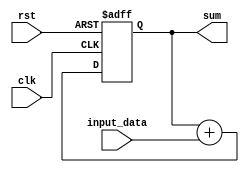
module accumulator(
    input wire clk,
    input wire rst,
    input wire [7:0] input_data,
    output reg [15:0] sum
);

reg [15:0] accumulator;

always @(posedge clk or posedge rst) begin
    if(rst) begin
        accumulator <= 16'd0;
    end else begin
        accumulator <= accumulator + input_data;
    end
end

assign sum = accumulator;

endmodule